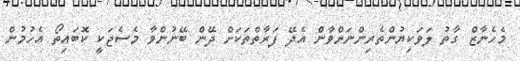
މެހެނާޒް ގާތު ލަވަކިޔުންތެރިންނަށްވާން އެދޭ ފަރާތްތަކަށް ދޭން ބޭނުންވާ މެސެޖަކީ ކޮބައިތޯ އެހުމުން